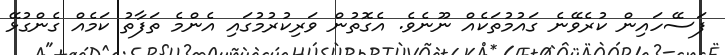
ފަސޭހައިން ކުރެވޭނެ ގައުމުތަކެއް ނޫނެވެ. އެގޮތުން ވަރިކުރުމުގައި އެންމެ ތަފާތު ކަމެއް ގެންގުޅޭ